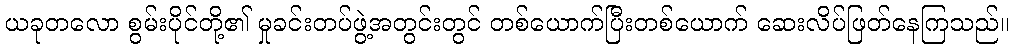
ယခုတလော စွမ်းပိုင်တို့၏ မှုခင်းတပ်ဖွဲ့အတွင်းတွင် တစ်ယောက်ပြီးတစ်ယောက် ဆေးလိပ်ဖြတ်နေကြသည်။